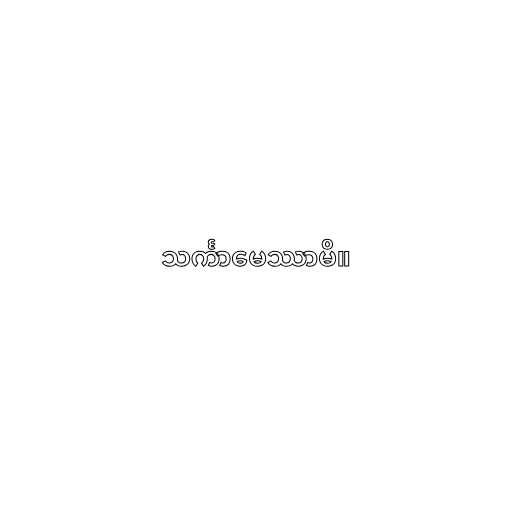
သင်္ကာမေဿာမိ။